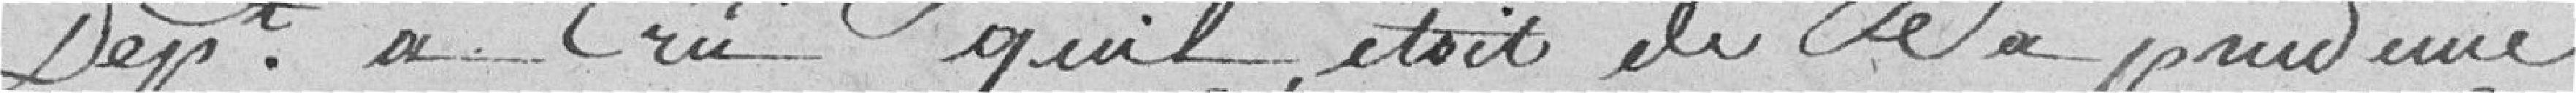
département a crû qu'il était de sa prudence